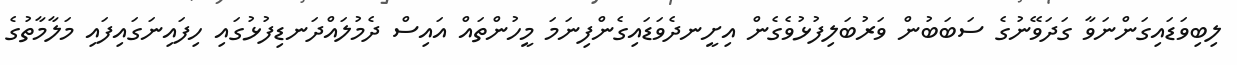
ލިބިވަޑައިގަންނަވާ ގަދަވޭނުގެ ސަބަބުން ވަރުބަލިފުޅުވެގެން އިށީނދެވަޑައިގެންފިނަމަ މީހުންތައް އައިސް ދެމުލައްދަނޑިފުޅުގައި ހިފައިނަގައިފައި މަލާމާތުގެ